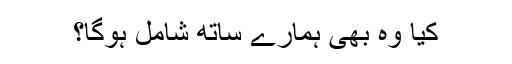
کیا وہ بھی ہمارے ساتھ شامل ہوگا؟